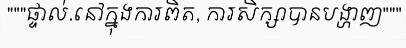
"""ផ្ទាល់.នៅក្នុងការពិត, ការសិក្សាបានបង្ហាញ"""